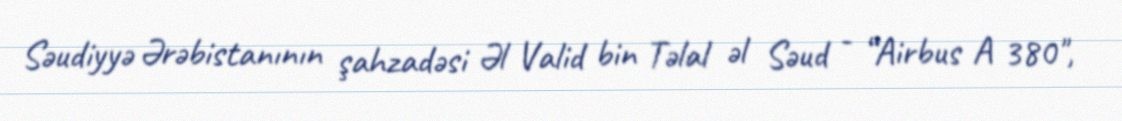
Səudiyyə Ərəbistanının şahzadəsi Əl Valid bin Təlal əl Səud - “Airbus A 380",